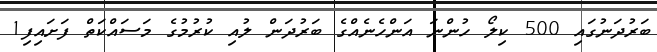
ބަރުދަނުގައި 500 ކިލޯ ހުންނަ އަންހެނެއްގެ ބަރުދަން ލުއި ކުރުމުގެ މަސައްކަތް ފަށައިފި1